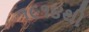
૧૯૧૪થી